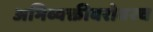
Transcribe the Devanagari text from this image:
अभिव्यक्तीबरोबरच